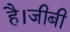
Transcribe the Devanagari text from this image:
है।जीबी